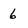
Character: 6